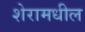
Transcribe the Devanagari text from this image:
शेरामधील